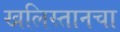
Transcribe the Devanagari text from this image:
खलिस्तानचा